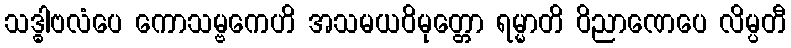
သဒ္ဓါဗလံပေ ကောသမ္ဗကေဟိ အသမယဝိမုတ္တော ရမ္မာတိ ဝိညာဏေပေ လိမ္ပတီ